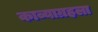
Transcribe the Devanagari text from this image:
काव्याग्रहला